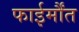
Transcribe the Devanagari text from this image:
फाईर्मौंत